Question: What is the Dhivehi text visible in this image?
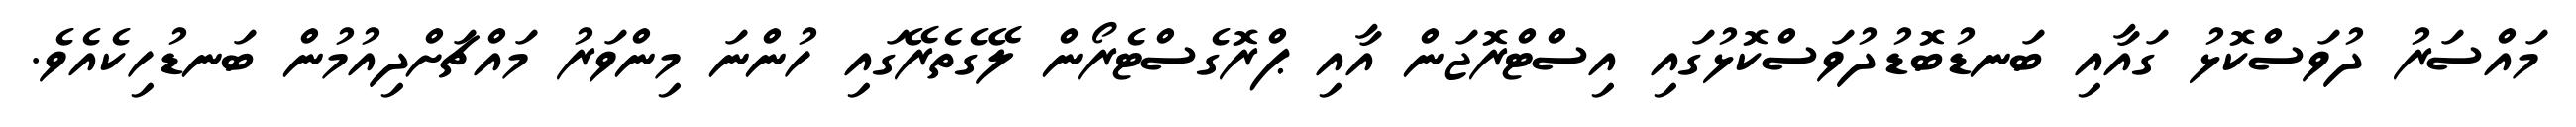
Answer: މައްސަރު ދުވަސްކޮޅު ގައާއި ބަނޑުބޮޑުދުވަސްކޮޅުގައި އިސްޓްރޮޖަން އާއި ޕްރޮގެސްޓެރޯން ލޭގެތެރޭގައި ހުންނަ މިންވަރު މައްޗަށްދިއުމުން ބަނޑުހިކެއެވެ.